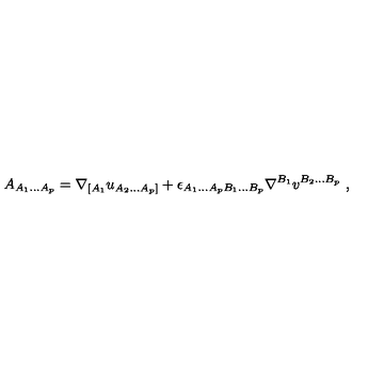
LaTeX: A _ { A _ { 1 } . . . A _ { p } } = \nabla _ { [ A _ { 1 } } u _ { A _ { 2 } . . . A _ { p } ] } + \epsilon _ { A _ { 1 } . . . A _ { p } B _ { 1 } . . . B _ { p } } \nabla ^ { B _ { 1 } } v ^ { B _ { 2 } . . . B _ { p } } \ ,